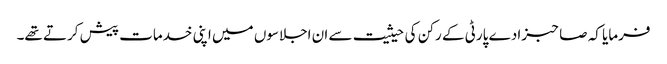
فرمایا کہ صاحبزادے پارٹی کے رکن کی حیثیت سے ان اجلاسوں میں اپنی خدمات پیش کرتے تھے۔